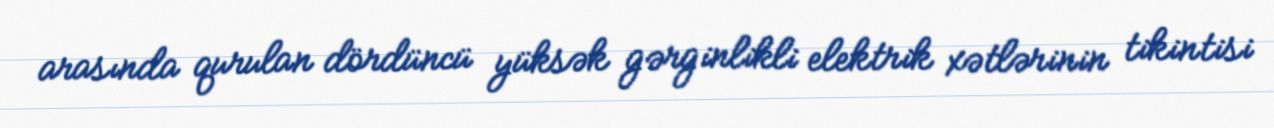
arasında qurulan dördüncü yüksək gərginlikli elektrik xətlərinin tikintisi